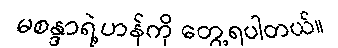
မစန္ဒာရဲ့ဟန်ကို တွေ့ရပါတယ်။